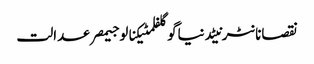
نقصانانٹرنیٹدنیاگوگلفلمٹیکنالوجیمصرعدالت